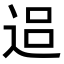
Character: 𨓐